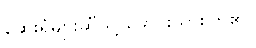
ဆေးရုံများဆီသို့ မောင်းသွားကြ၏။